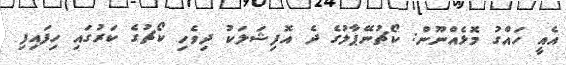
އެއީ ހައްގު މޮޅެއްނޫން: ކޯޗުނޭޕާލުގެ ދެ އޮފިޝަލަކު ދިވެހި ކޯޗުގެ ކަރުގައި ހިފައިފި